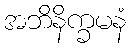
အဘိနိက္ခမနံ